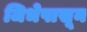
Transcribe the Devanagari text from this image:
जिभेपासून